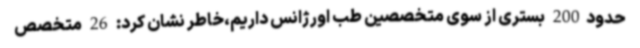
حدود200 بستری از سوی متخصصین طب اورژانس داریم،خاطر نشان کرد: 26 متخصص